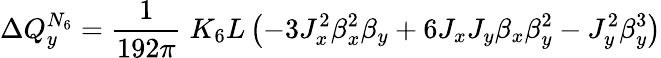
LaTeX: \Delta Q_{y}^{N_{6}}=\frac{1}{192\pi}\; K_{6}L\left(-3J_{x}^{2}\beta_{x}^{2}\beta_{y}+6J_{x}J_{y}\beta_{x}\beta_{y}^{2}-J_{y}^{2}\beta_{y}^{3}\right)